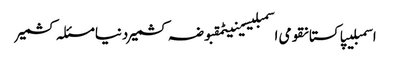
اسمبلیپاکستانقومی اسمبلیسینیٹمقبوضہ کشمیردنیامسئلہ کشمیر